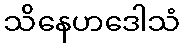
သိနေဟဒေါသံ